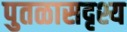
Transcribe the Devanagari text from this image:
पुतळासदृश्य